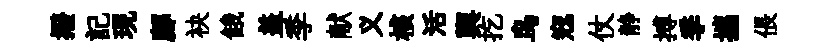
撥記現鄜袂餓盖季献义核活輿扢鸟𡨥仗静搏季攜倀